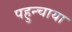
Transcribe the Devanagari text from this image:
पहुन्चाया